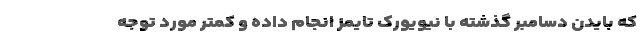
که بایدن دسامبر گذشته با نیویورک تایمز انجام داده و کمتر مورد توجه